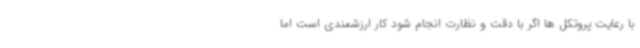
با رعایت پروتکل ها اگر با دقت و نظارت انجام شود کار ارزشمندی است اما